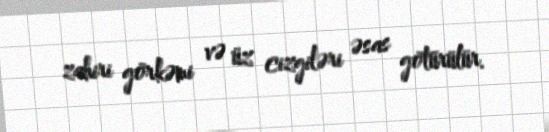
zahiri görkəmi və üz cizgiləri əsas götürülür.